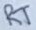
Text: RT